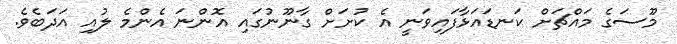
މޫސަގެ މައްޗަށް ކަނޑައަޅާފައިވަނީ އެ ކުށަށް ގާނޫނުގައި އޮންނަ އެންމެ ލުއި އަދަބެވެ.